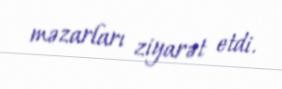
məzarları ziyarət etdi.